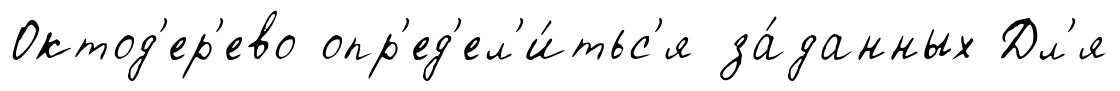
Октод'ер'ево опр'ед'ел'и́тьс'я за́данных Дл'я